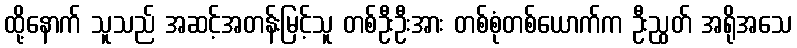
ထို့နောက် သူသည် အဆင့်အတန်းမြင့်သူ တစ်ဦးဦးအား တစ်စုံတစ်ယောက်က ဦးညွတ် အရိုအသေ